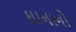
ઘાનાનો